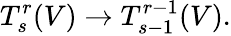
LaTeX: T_{s}^{r}(V)\to T_{s-1}^{r-1}(V).